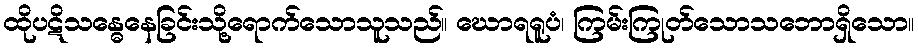
ထိုပဋိသန္ဓေနေခြင်းသို့ရောက်သောသူသည်။ ဃောရရူပံ၊ ကြမ်းကြုတ်သောသဘောရှိသော။